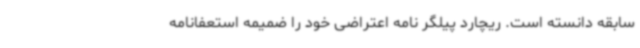
‌سابقه دانسته است. ریچارد پیلگر نامه اعتراضی خود را ضمیمه استعفانامه